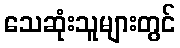
သေဆုံးသူများတွင်